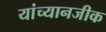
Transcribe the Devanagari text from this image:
यांच्यानजीक